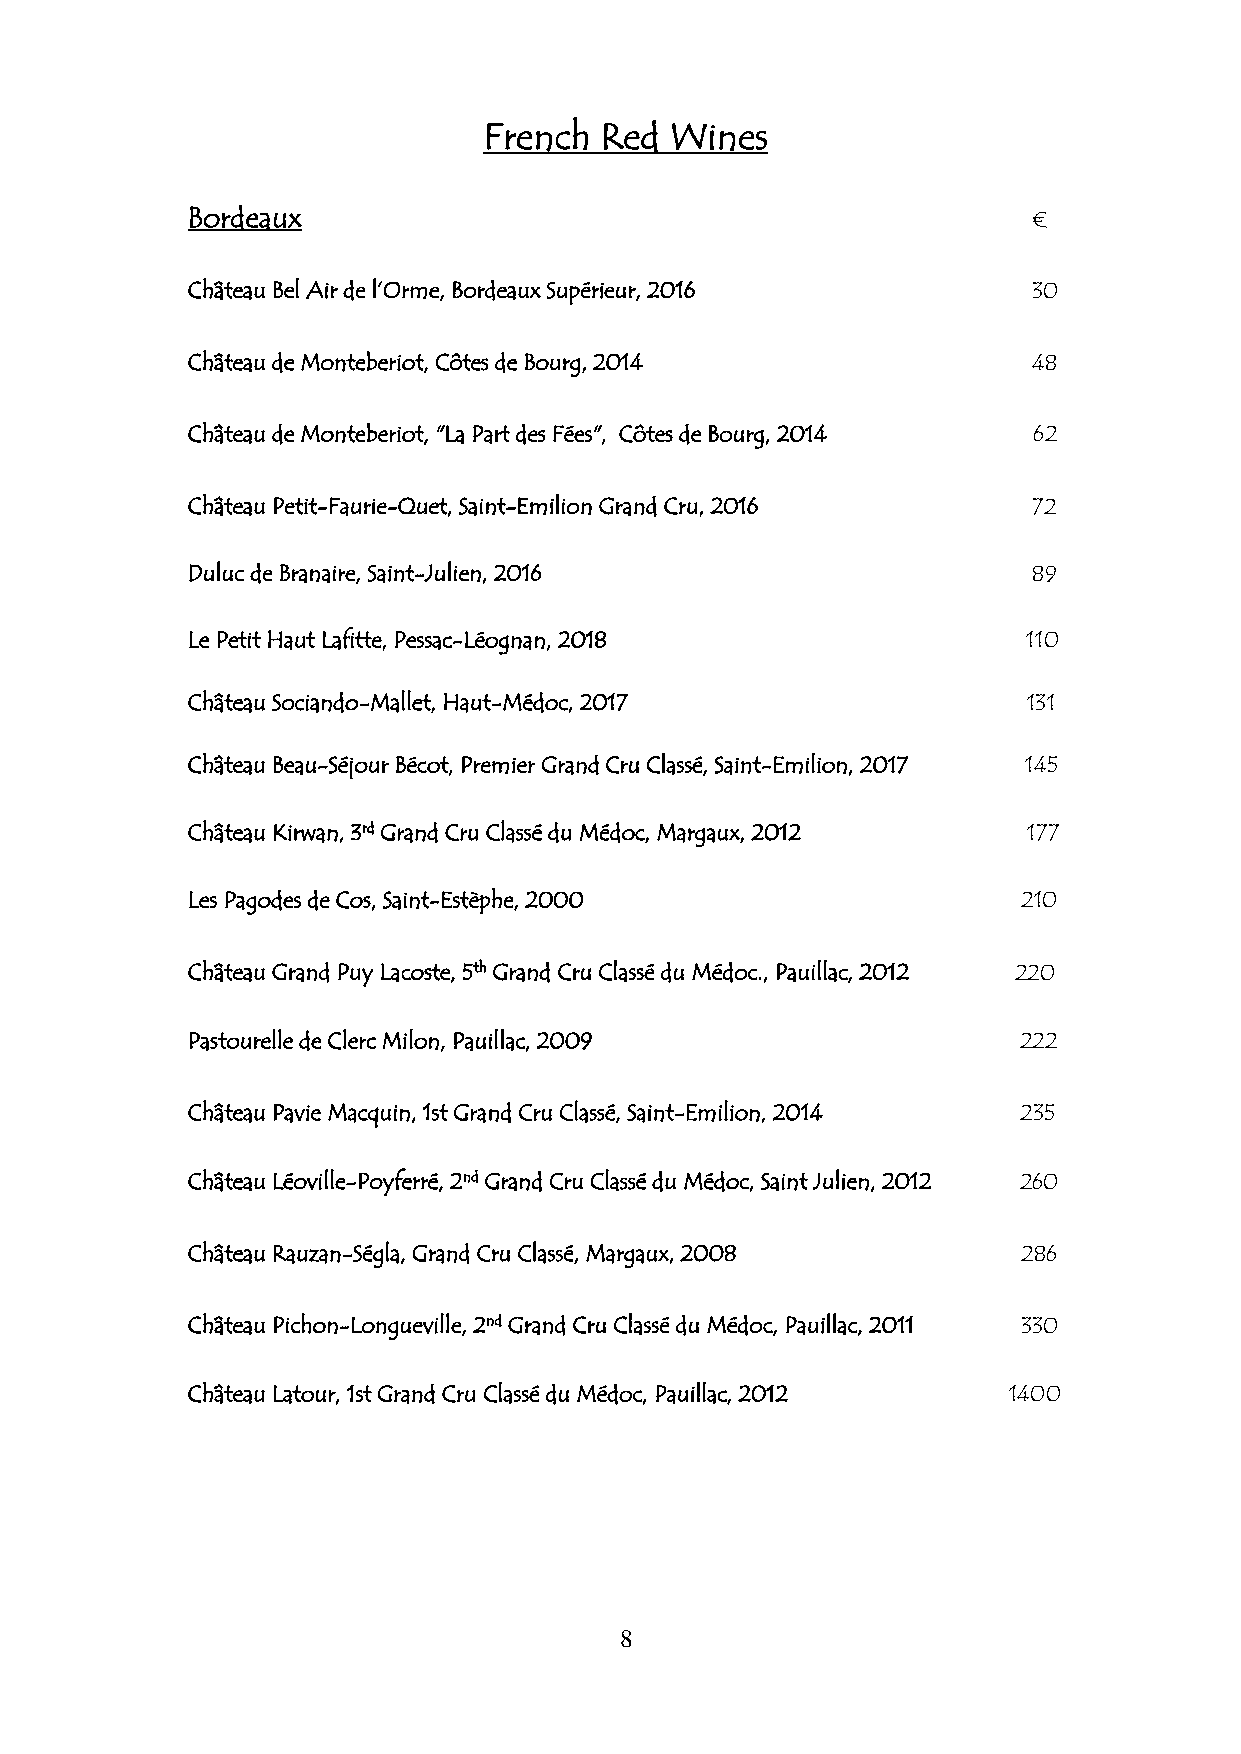
French  Red Wines
 Bordeaux                                                €
 Château Bel Air de l’Orme, Bordeaux Supérieur, 2016     30
 Château de Monteberiot, Côtes de Bourg, 2014            48
 Château de Monteberiot, "La Part des Fées", Côtes de Bourg, 2014 62
 Château Petit-Faurie-Quet, Saint-Emilion Grand Cru, 2016 72
 Duluc de Branaire, Saint-Julien, 2016                   89
 Le Petit Haut Lafitte, Pessac-Léognan, 2018             110
 Château Sociando-Mallet, Haut-Médoc, 2017               131
 Château Beau-Séjour Bécot, Premier Grand Cru Classé, Saint-Emilion, 2017 145
 Château Kirwan, 3rd Grand Cru Classé du Médoc, Margaux, 2012 177
 Les Pagodes de Cos, Saint-Estèphe, 2000                 210
 Château Grand Puy Lacoste, 5th Grand Cru Classé du Médoc., Pauillac, 2012 220
 Pastourelle de Clerc Milon, Pauillac, 2009             222
 Château Pavie Macquin, 1st Grand Cru Classé, Saint-Emilion, 2014 235
 Château Léoville-Poyferré, 2nd Grand Cru Classé du Médoc, Saint Julien, 2012 260
 Château Rauzan-Ségla, Grand Cru Classé, Margaux, 2008   286
 Château Pichon-Longueville, 2nd Grand Cru Classé du Médoc, Pauillac, 2011 330
 Château Latour, 1st Grand Cru Classé du Médoc, Pauillac, 2012 1400
 8